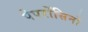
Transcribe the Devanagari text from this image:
पेपरोंसिनो